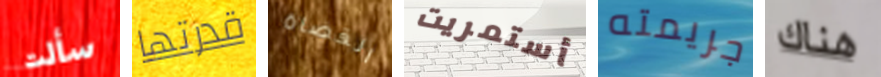
سألت قدرتها القضاة أستمريت جريمته هناك